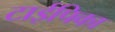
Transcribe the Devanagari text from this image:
टाईपिका